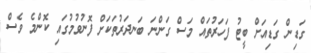
ގަޑިން ގަޑިއަށް ބީޓު ފަހަރުތައް މަސް ގަންނަ ބަނދަރުތަކަށް ފޮނުވުމުގައި ކޮންމެ ވެސް